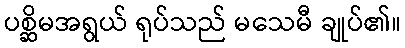
ပစ္ဆိမအရွယ် ရုပ်သည် မသေမီ ချုပ်၏။